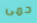
حمى